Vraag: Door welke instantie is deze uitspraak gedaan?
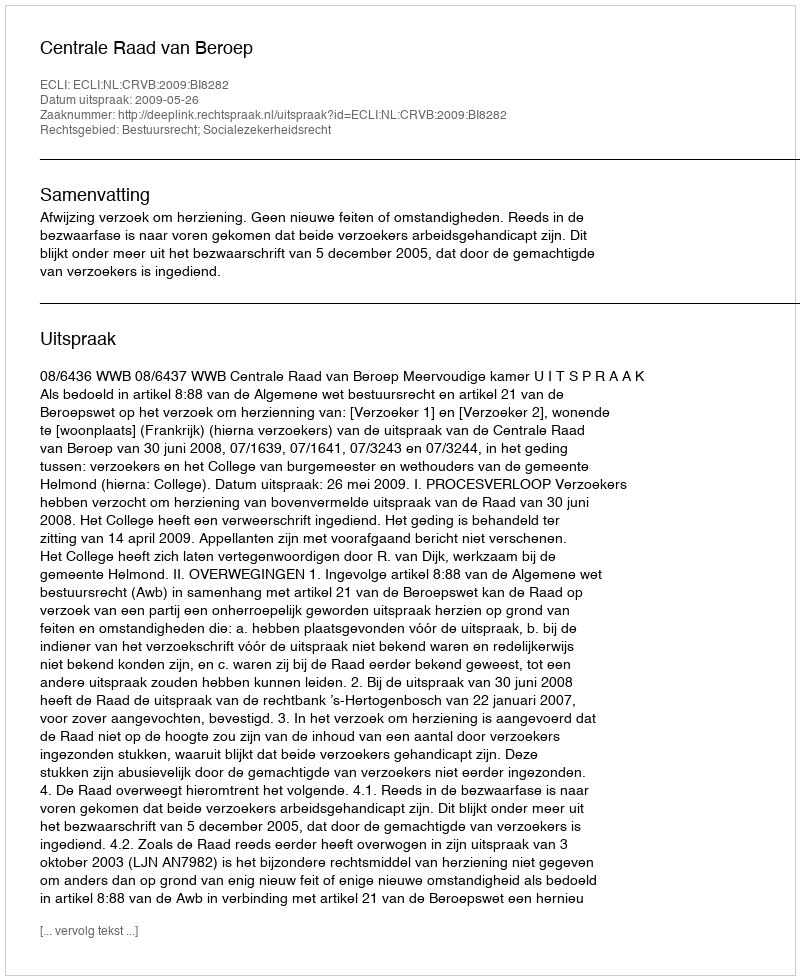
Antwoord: Centrale Raad van Beroep